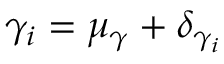
\gamma _ { i } = \mu _ { \gamma } + \delta _ { \gamma _ { i } }